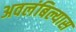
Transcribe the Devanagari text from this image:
अवलंबिल्यास